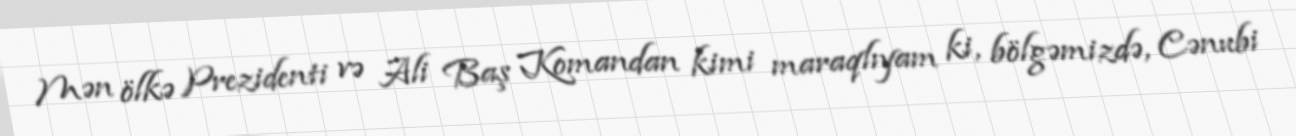
Mən ölkə Prezidenti və Ali Baş Komandan kimi maraqlıyam ki, bölgəmizdə, Cənubi